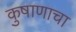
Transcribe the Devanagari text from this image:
कुषाणाचा